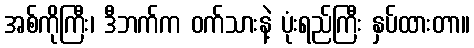
အစ်ကိုကြီး၊ ဒီဘက်က ဝက်သားနဲ့ ပုံးရည်ကြီး နှပ်ထားတာ။